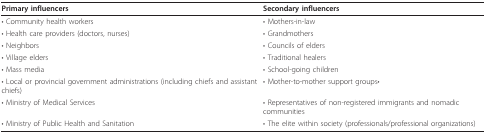
<table><thead><tr><td><b>Primary influencers</b></td><td><b>Secondary influencers</b></td></tr></thead><tbody><tr><td>• Community health workers</td><td>• Mothers-in-law</td></tr><tr><td>• Health care providers (doctors, nurses)</td><td>• Grandmothers</td></tr><tr><td>• Neighbors</td><td>• Councils of elders</td></tr><tr><td>• Village elders</td><td>• Traditional healers</td></tr><tr><td>• Mass media</td><td>• School-going children</td></tr><tr><td>• Local or provincial government administrations (including chiefs and assistant chiefs)</td><td>• Mother-to-mother support groups•</td></tr><tr><td>• Ministry of Medical Services</td><td>• Representatives of non-registered immigrants and nomadic communities</td></tr><tr><td>• Ministry of Public Health and Sanitation</td><td>• The elite within society (professionals/professional organizations)</td></tr></tbody></table>